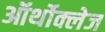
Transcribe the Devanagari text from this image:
ऑर्थोक्लेज